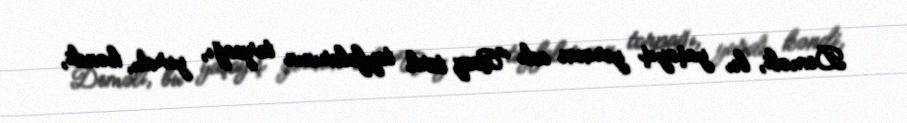
Deməli, bu yaşayış yerinin adı "Avaz türk tayfalarının torpağı, yurdu, kəndi,